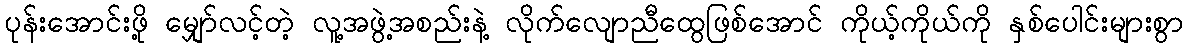
ပုန်းအောင်းဖို့ မျှော်လင့်တဲ့ လူ့အဖွဲ့အစည်းနဲ့ လိုက်လျောညီထွေဖြစ်အောင် ကိုယ့်ကိုယ်ကို နှစ်ပေါင်းများစွာ